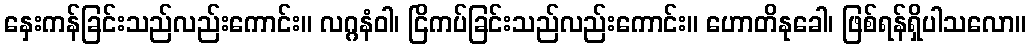
နှေးကန်ခြင်းသည်လည်းကောင်း။ လဂ္ဂနံဝါ၊ ငြိကပ်ခြင်းသည်လည်းကောင်း။ ဟောတိနုခေါ၊ ဖြစ်ရန်ရှိပါသလော။